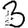
Digit: 3